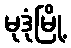
မုဒုံမြို့